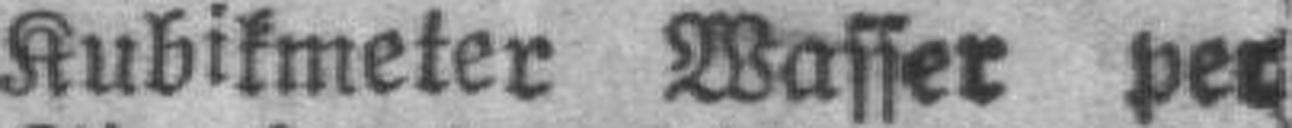
Kubikmeter Wasser per